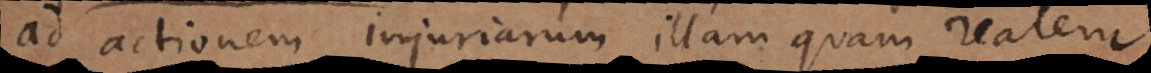
ad actionem injuriarum illam quam realem